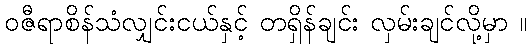
ဝဇီရာစိန်သံလျှင်းငယ်နှင့် တရှိန်ချင်း လှမ်းချင်လို့မှာ ။